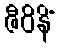
ဇီဝိနိံ